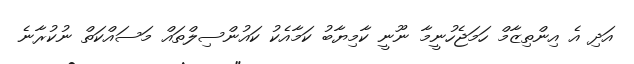
އަދި އެ އިންތިޒާމް ހަމަޖެހުނީމާ ނޫނީ ކާމިޔާބު ކަމާއެކު ކައުންސިލްތައް މަސައްކަތް ނުކުރާނެ